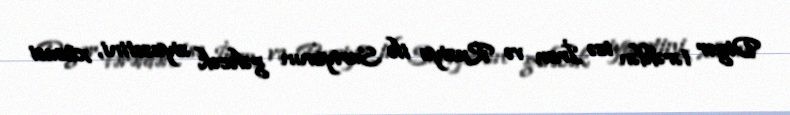
Digər tərəfdən isə İran və Rusiya ilə Suriyanın gələcək siyasətini, xüsusi